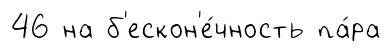
46 на б'ескон'е́чность па́ра